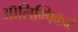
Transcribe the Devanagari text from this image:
ऑलिम्पिकने